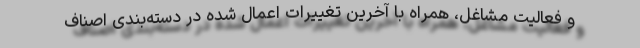
و فعالیت مشاغل، همراه با آخرین تغییرات اعمال شده در دسته‌بندی اصناف